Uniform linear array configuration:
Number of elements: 8
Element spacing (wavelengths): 1
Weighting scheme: kaiser
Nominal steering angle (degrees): -45
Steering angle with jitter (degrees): -43.861
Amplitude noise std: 0.05
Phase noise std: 0.05

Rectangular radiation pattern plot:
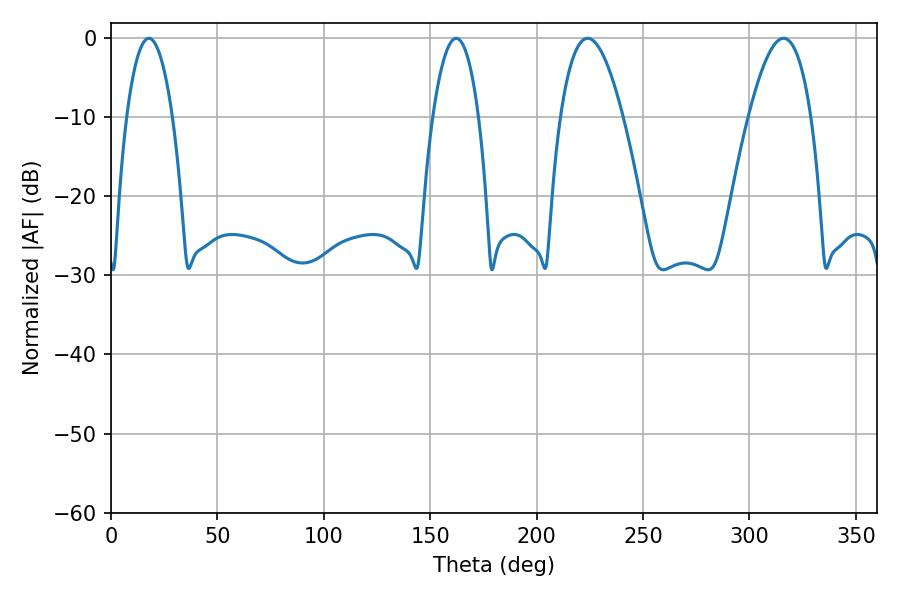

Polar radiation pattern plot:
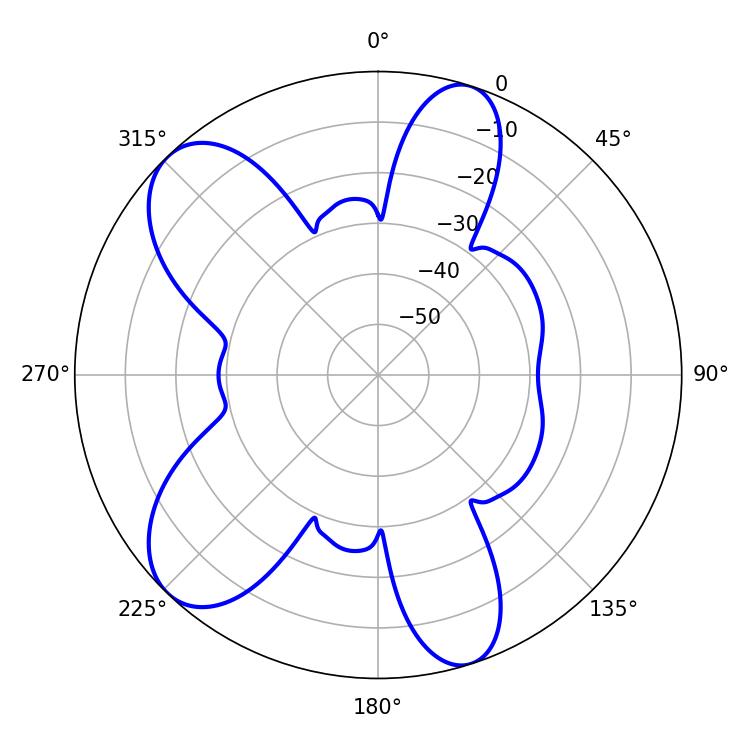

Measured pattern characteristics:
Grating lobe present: TRUE
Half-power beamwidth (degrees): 12.06
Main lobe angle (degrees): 17.82